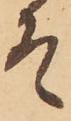
そ